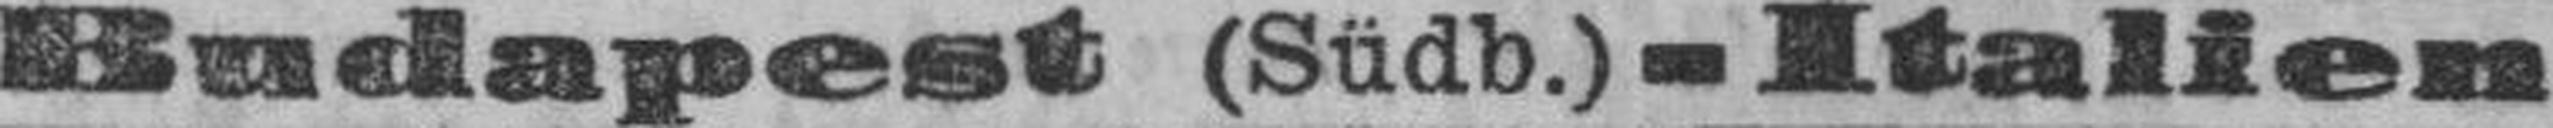
Budapest (Südb.) - Italien